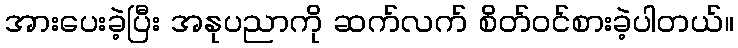
အားပေးခဲ့ပြီး အနုပညာကို ဆက်လက် စိတ်ဝင်စားခဲ့ပါတယ်။